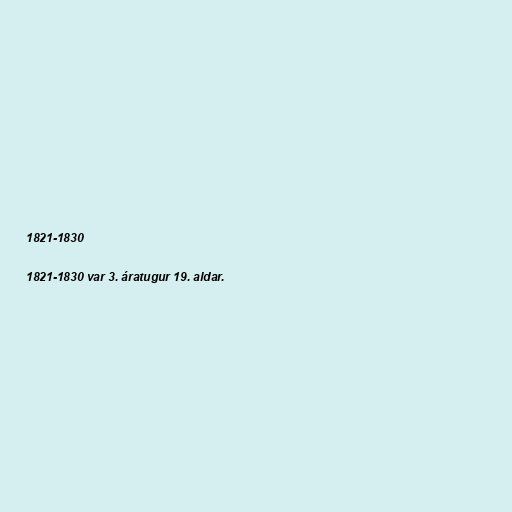
1821-1830

1821-1830 var 3. áratugur 19. aldar.